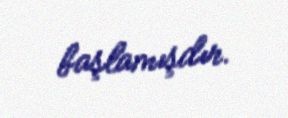
başlamışdır.